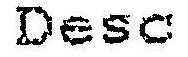
DESC